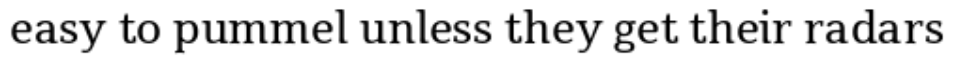
easy to pummel unless they get their radars